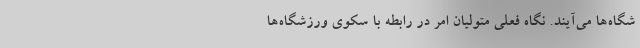
شگاه‌ها می‌آیند. نگاه فعلی متولیان امر در رابطه با سکوی ورزشگاه‌ها